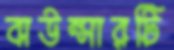
বাউন্সারটি